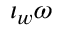
\iota _ { w } \omega